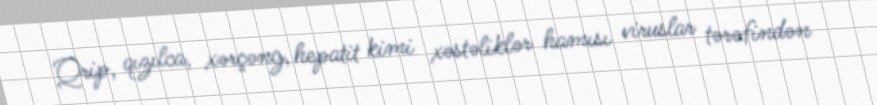
Qrip, qızılca, xərçəng, hepatit kimi xəstəliklər hamısı viruslar tərəfindən